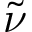
\tilde { \nu }